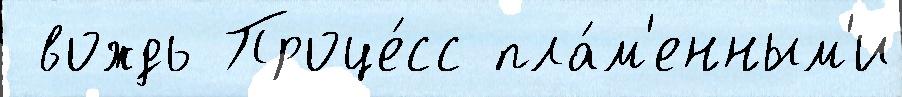
 вождь Проце́сс пла́м'енным'и